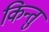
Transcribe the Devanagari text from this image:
किन्तुं